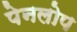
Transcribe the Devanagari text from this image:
पेनलोप